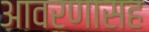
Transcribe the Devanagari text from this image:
आवरणासह